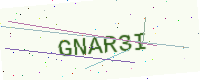
Text: GNAR3I